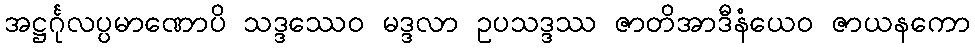
အဋ္ဌင်္ဂုလပ္ပမာဏောပိ သဒ္ဒဿေဝ မဒ္ဒလာ ဥပသဒ္ဒဿ ဇာတိအာဒီနံယေဝ ဇာယနကော